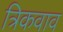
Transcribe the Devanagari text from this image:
त्रिकवाव